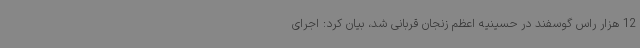
12 هزار راس گوسفند در حسینیه اعظم زنجان قربانی شد، بیان کرد: اجرای